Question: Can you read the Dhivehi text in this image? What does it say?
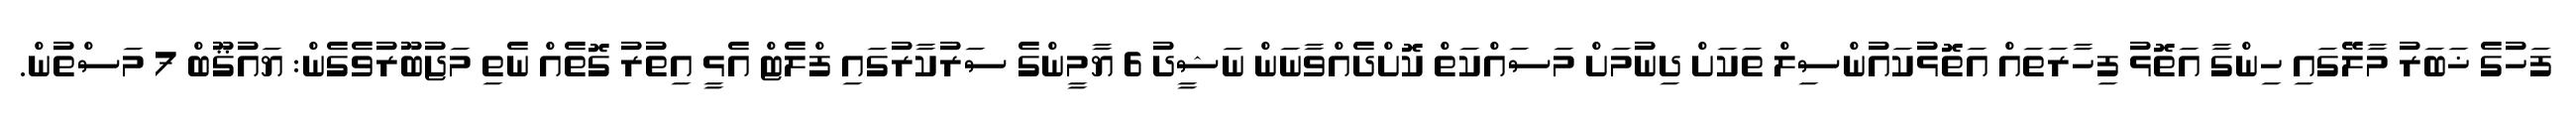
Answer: ފަހުގެ ޚަބަރު މާލޭގައި ހިންގާ އަތޮޅު ފިހާރަތައް އަތޮޅުކައުންސިލް ތަކަށް ދިނުމަށް މަސައްކަތް ކޮށްދެއްވާނަން ނަޝީދު 6 ޔާމީންގެ ސަރުކާރުގައި ފްލެޓް އެޅީ އިތުރު ގޮތެއް ނެތި މަޖުބޫރުވެގެން: ޔައުޤޫބް 7 މަސްތުން.